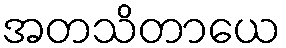
အတသိတာယေ